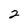
Character: 2